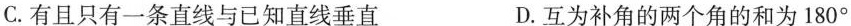
C.有且只有一条直线与已知直线垂直 D.互为补角的两个角的和为180°